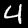
Digit: 4